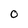
Character: 0